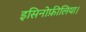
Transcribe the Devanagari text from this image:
इसिनोफ़ीलिया।